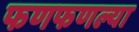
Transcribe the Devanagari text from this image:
फणफणल्या